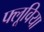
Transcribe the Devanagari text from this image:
फ्लूविया